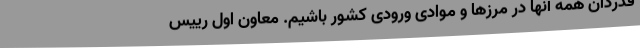
قدردان همه آنها در مرزها و موادی ورودی کشور باشیم. معاون اول رییس